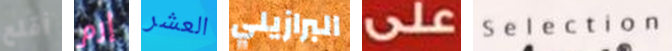
أقلع إرم العشر البرازيلي على Selection